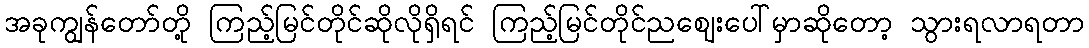
အခုကျွန်တော်တို့ ကြည့်မြင်တိုင်ဆိုလိုရှိရင် ကြည့်မြင်တိုင်ညဈေးပေါ်မှာဆိုတော့ သွားရလာရတာ